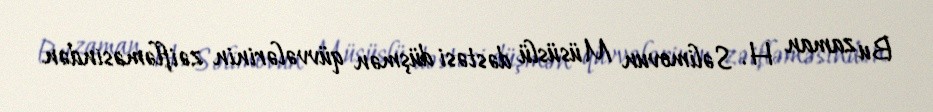
Bu zaman H. Səlimovun Müsüslü dəstəsi düşmən qüvvələrinin zəifləməsindən